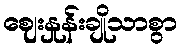
ဈေးနှုန်းချိုသာစွာ